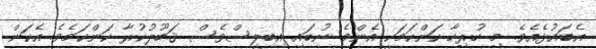
އެބައުޅެއެވެ. މި ހުރިހާ ކަންކަމަކީ އެންމެ ނުބައި އިބިލީސްވެސް ޤަބޫލުކުރާ ކަންކަމެވެ. އެކަން